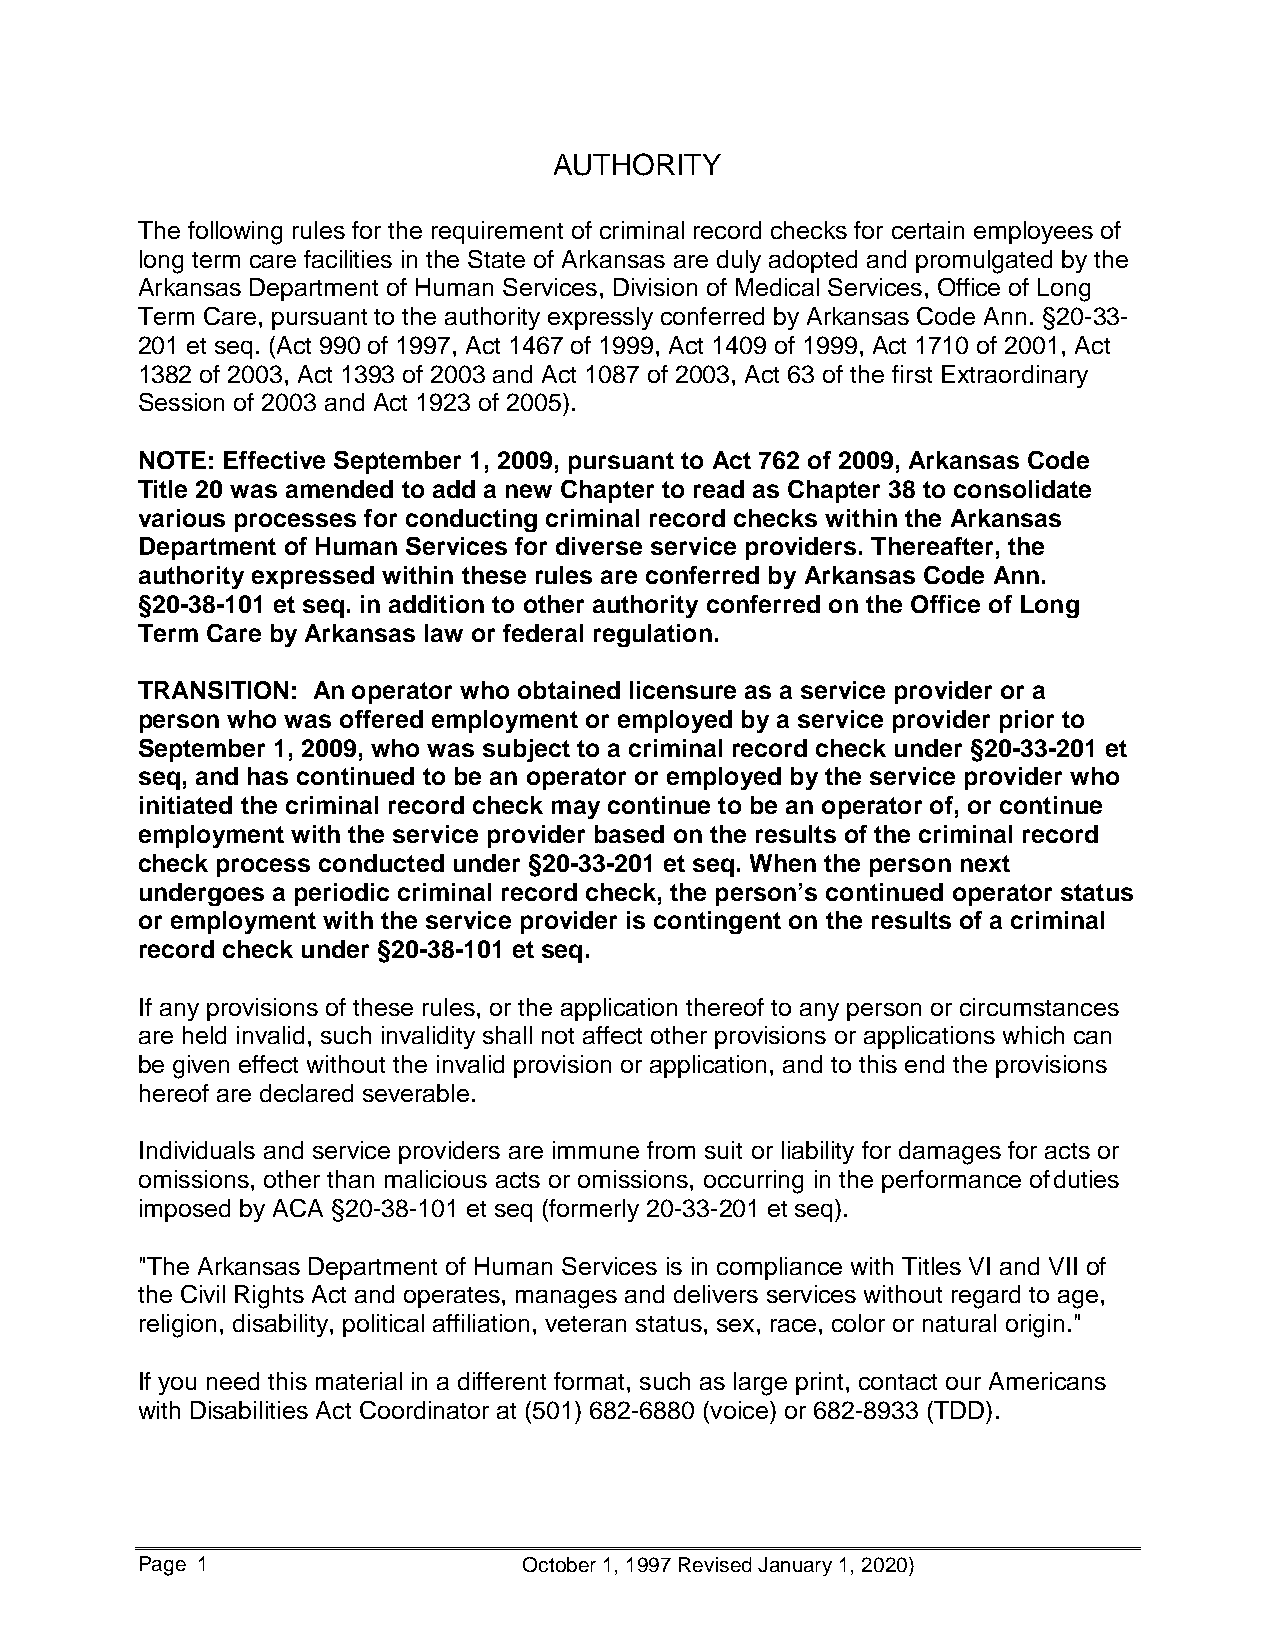
AUTHORITY
 The following rules for the requirement of criminal record checks for certain employees of
 long term care facilities in the State of Arkansas are duly adopted and promulgated by the
 Arkansas Department of Human Services, Division of Medical Services, Office of Long
 Term Care, pursuant to the authority expressly conferred by Arkansas Code Ann. §20-33-
 201 et seq. (Act 990 of 1997, Act 1467 of 1999, Act 1409 of 1999, Act 1710 of 2001, Act
 1382 of 2003, Act 1393 of 2003 and Act 1087 of 2003, Act 63 of the first Extraordinary
 Session of 2003 and Act 1923 of 2005).
 NOTE: Effective September 1, 2009, pursuant to Act 762 of 2009, Arkansas Code
 Title 20 was amended to add a new Chapter to read as Chapter 38 to consolidate
 various processes for conducting criminal record checks within the Arkansas
 Department of Human Services for diverse service providers. Thereafter, the
 authority expressed within these rules are conferred by Arkansas Code Ann.
 §20-38-101 et seq. in addition to other authority conferred on the Office of Long
 Term Care by Arkansas law or federal regulation.
 TRANSITION: An operator who obtained licensure as a service provider or a
 person who was offered employment or employed by a service provider prior to
 September 1, 2009, who was subject to a criminal record check under §20-33-201 et
 seq, and has continued to be an operator or employed by the service provider who
 initiated the criminal record check may continue to be an operator of, or continue
 employment with the service provider based on the results of the criminal record
 check process conducted under §20-33-201 et seq. When the person next
 undergoes a periodic criminal record check, the person’s continued operator status
 or employment with the service provider is contingent on the results of a criminal
 record check under §20-38-101 et seq.
 If any provisions of these rules, or the application thereof to any person or circumstances
 are held invalid, such invalidity shall not affect other provisions or applications which can
 be given effect without the invalid provision or application, and to this end the provisions
 hereof are declared severable.
 Individuals and service providers are immune from suit or liability for damages for acts or
 omissions, other than malicious acts or omissions, occurring in the performance of duties
 imposed by ACA §20-38-101 et seq (formerly 20-33-201 et seq).
 "The Arkansas Department of Human Services is in compliance with Titles VI and VII of
 the Civil Rights Act and operates, manages and delivers services without regard to age,
 religion, disability, political affiliation, veteran status, sex, race, color or natural origin."
 If you need this material in a different format, such as large print, contact our Americans
 with Disabilities Act Coordinator at (501) 682-6880 (voice) or 682-8933 (TDD).
 Page 1                    October 1, 1997 Revised January 1, 2020)